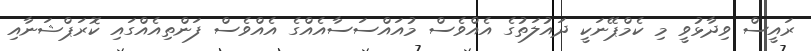
ރައީސް ވިދާޅުވީ މި ކެމްޕޭނަކީ ދައުލަތުގެ އެއްވެސް މުއައްސަސާއެއްގެ އެއްވެސް ފަންތިއެއްގައި ކޮރަޕްޝަނާއި